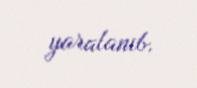
yaralanıb.